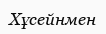
Хұсейнмен